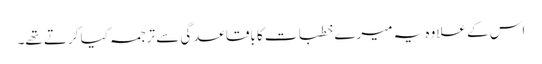
اس کے علاوہ یہ میرے خطبات کا باقاعدگی سے ترجمہ کیا کرتے تھے۔